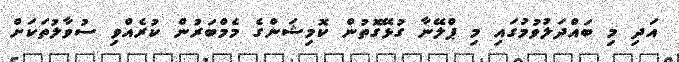
އަދި މި ބައްދަލުވުމުގައި މި ޕްލޭނާ ގުޅޭގޮތުން ކޮމިޝަންގެ މެމްބަރުން ކުރެއްވި ސުވާލުތަކަށް